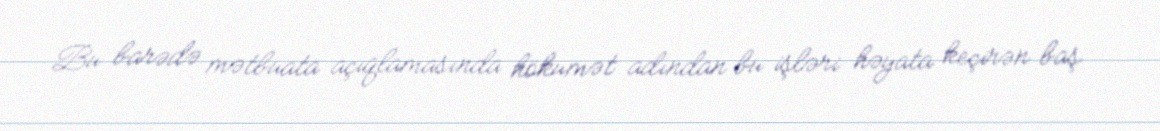
Bu barədə mətbuata açıqlamasında hökumət adından bu işləri həyata keçirən baş